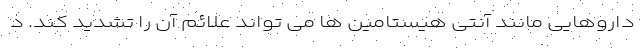
داروهایی مانند آنتی هیستامین ها می تواند علائم آن را تشدید کند. د